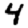
Digit: 4